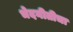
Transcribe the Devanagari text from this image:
भेदनीतीचा